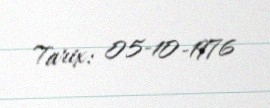
Tarix: 05-10-1976